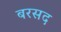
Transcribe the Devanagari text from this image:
बरसद